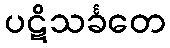
ပဋိသင်္ခတေ